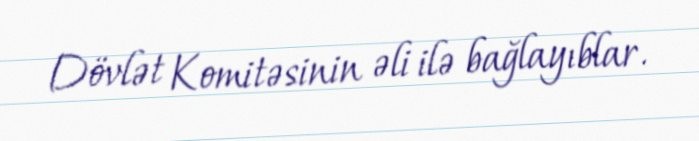
Dövlət Komitəsinin əli ilə bağlayıblar.